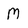
Character: M